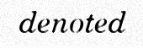
denoted